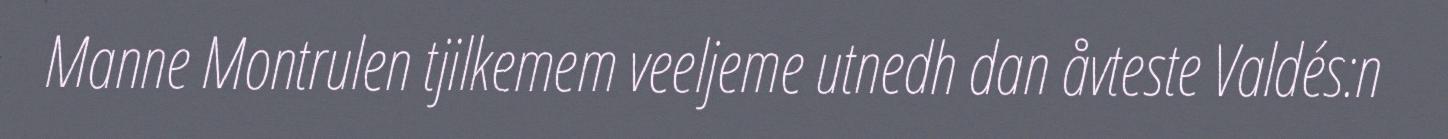
Manne Montrulen tjilkemem veeljeme utnedh dan åvteste Valdés:n